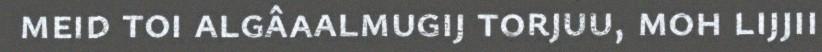
meid toi algâaalmugij torjuu, moh lijjii